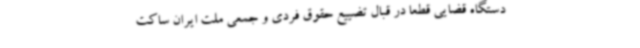
دستگاه قضایی قطعاً در قبال تضییع حقوق فردی و جمعی ملت ایران ساکت